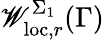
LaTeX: \mathscr{W}_{\mathrm{{loc}},r}^{\Sigma_{1}}(\Gamma)